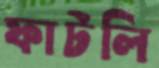
ফাটলি